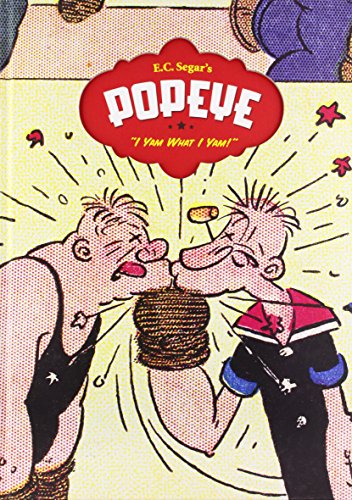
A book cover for Popeye, Vol. 1: I Yam What I Yam; E. C. Segar; Humor & Entertainment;